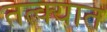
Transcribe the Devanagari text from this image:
तत्क्यात